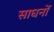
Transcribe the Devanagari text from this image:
साघनों